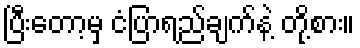
ပြီးတော့မှ ငံပြာရည်ချက်နဲ့ တို့စား။